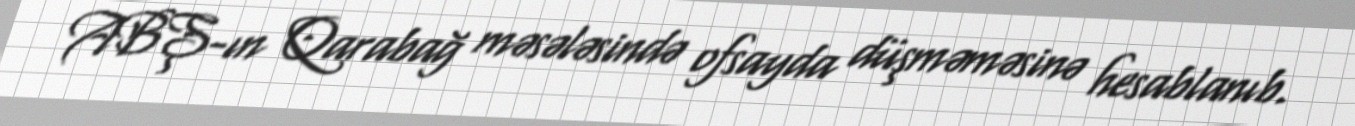
ABŞ-ın Qarabağ məsələsində ofsayda düşməməsinə hesablanıb.